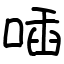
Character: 喢